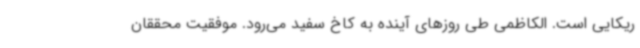
ریکایی است. الکاظمی طی روزهای آینده به کاخ سفید می‌رود. موفقیت محققان